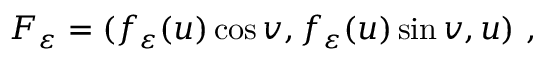
{ \cal F } _ { \varepsilon } = ( f _ { \varepsilon } ( u ) \cos v , f _ { \varepsilon } ( u ) \sin v , u ) ~ ,